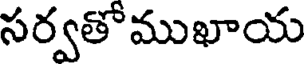
సర్వతోముఖాయ